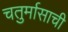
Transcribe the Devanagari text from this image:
चतुर्मासाची